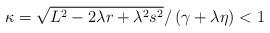
LaTeX: \begin{align*}\kappa=\sqrt{L^{2}-2\lambda r+\lambda ^{2}s^{2}}/\left( \gamma +\lambda \eta\right) <1 \end{align*}